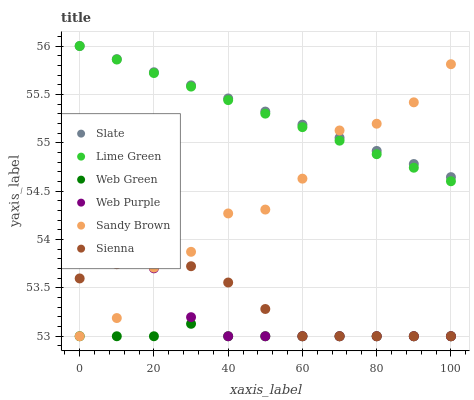
| xaxis_label | Slate | Lime Green | Web Green | Web Purple | Sandy Brown | Sienna |
 | --- | --- | --- | --- | --- | --- | --- |
 | 0 | 56 | 56 | 53 | 53.8 | 53 | 53.6 |
 | 10 | 55.9 | 55.9 | 53 | 53.9 | 53.2 | 53.7 |
 | 20 | 55.7 | 55.7 | 53 | 53.7 | 53.7 | 53.8 |
 | 30 | 55.6 | 55.6 | 53.1 | 53.2 | 53.9 | 53.7 |
 | 40 | 55.5 | 55.4 | 53 | 53 | 54.3 | 53.6 |
 | 50 | 55.3 | 55.3 | 53 | 53 | 54.3 | 53.3 |
 | 60 | 55.2 | 55.2 | 53 | 53 | 54.6 | 53 |
 | 70 | 55.1 | 55 | 53 | 53 | 55.1 | 53 |
 | 80 | 54.9 | 54.9 | 53 | 53 | 55.2 | 53 |
 | 90 | 54.8 | 54.7 | 53 | 53 | 55.4 | 53 |
 | 100 | 54.6 | 54.6 | 53 | 53 | 55.8 | 53 |